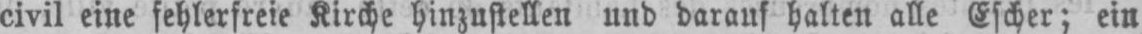
civil eine fehlerfreie Kirche hinzustellen und daraus halten alle Escher; ein